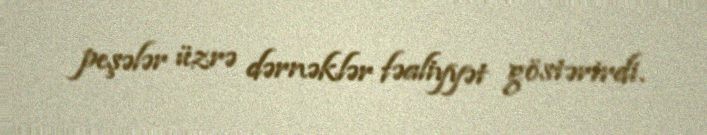
peşələr üzrə dərnəklər fəaliyyət göstərirdi.